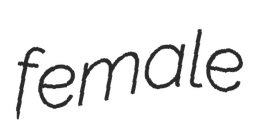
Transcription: female